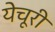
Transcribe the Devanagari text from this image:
येचूरी